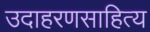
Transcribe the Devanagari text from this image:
उदाहरणसाहित्य